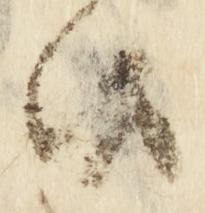
候